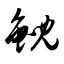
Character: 鲵